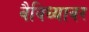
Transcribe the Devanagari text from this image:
वैविध्यावर